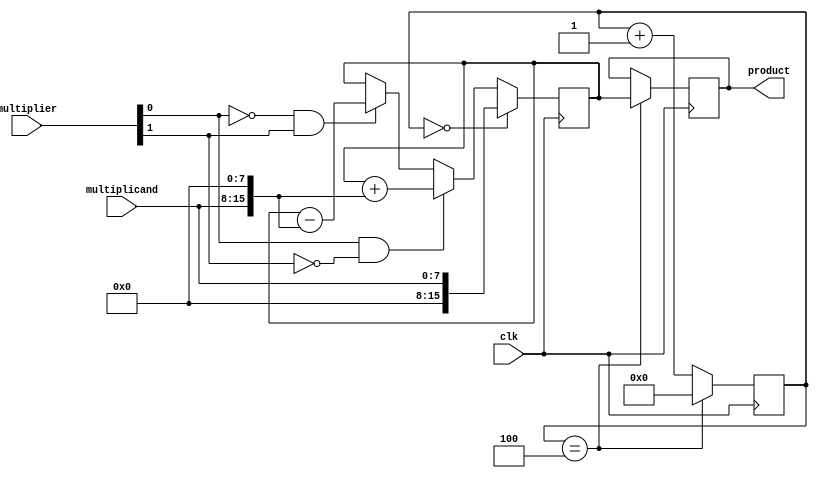
module booth_multiplier (input [7:0] multiplicand, multiplier, input clk, output reg [15:0] product);

reg [15:0] partial_product;
reg [4:0] count;

always @(posedge clk) begin
  if (count == 0) begin
    partial_product <= {16'b0, multiplicand};
  end else begin
    if (multiplier[0] & ~multiplier[1]) begin
      partial_product <= partial_product + {16'b0, multiplicand, 8'b0};
    end else if (~multiplier[0] & multiplier[1]) begin
      partial_product <= partial_product - {16'b0, multiplicand, 8'b0};
    end
  end

  count <= count + 1;
  if (count == 4) begin
    product <= partial_product;
    count <= 0;
  end
end

endmodule